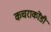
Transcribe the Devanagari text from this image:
कचराकोंडी